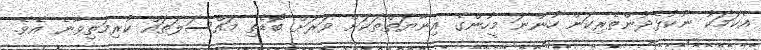
އެކަމަކު ނުކުޅެދުންތެރިކަން ހުންނަ މީހުންގެ އިނާޔަތްތަކަށް ވަރަށް ބޮޑެތި މައްސަލަތައް ކުރިމަތިވާނެ އެވެ.